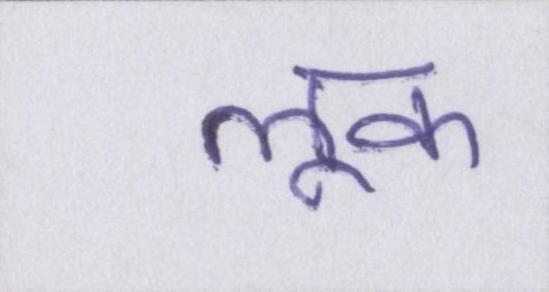
लूक